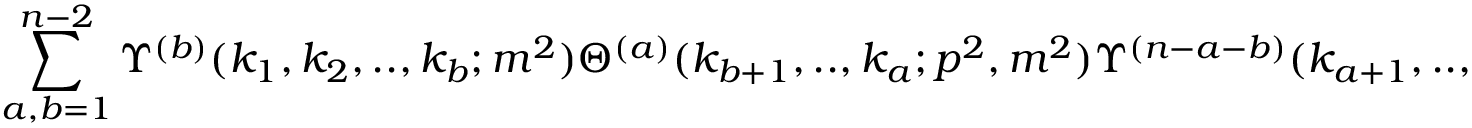
\sum _ { a , b = 1 } ^ { n - 2 } \Upsilon ^ { ( b ) } ( k _ { 1 } , k _ { 2 } , . . , k _ { b } ; m ^ { 2 } ) \Theta ^ { ( a ) } ( k _ { b + 1 } , . . , k _ { a } ; p ^ { 2 } , m ^ { 2 } ) \Upsilon ^ { ( n - a - b ) } ( k _ { a + 1 } , . . , k _ { n } ; m ^ { 2 } ) \Bigg \}